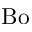
\mathrm { B o }